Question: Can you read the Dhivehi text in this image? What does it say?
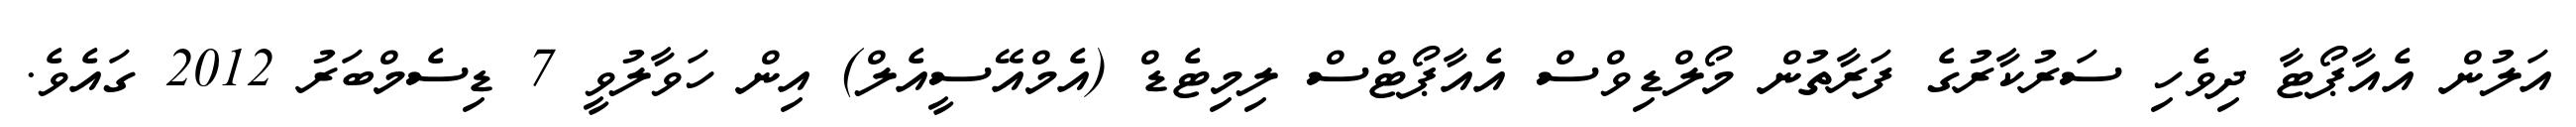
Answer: އަލުން އެއާޕޯޓާ ދިވެހި ސަރުކާރުގެ ފަރާތުން މޯލްޑިވްސް އެއާޕޯޓްސް ލިމިޓެޑް (އެމްއޭސީއެލް) އިން ހަވާލުވީ 7 ޑިސެމްބަރު 2012 ގައެވެ.